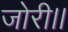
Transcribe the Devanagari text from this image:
जोरी।।